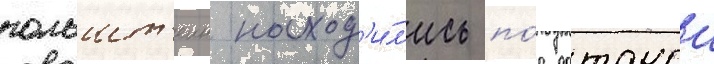
гольшт'еин наход'и́л'ись по́д датскои